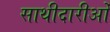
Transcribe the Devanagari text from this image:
साथीदारीओं